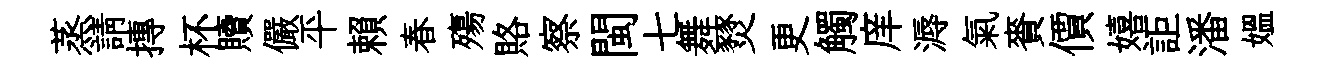
蒸請摶杯贖儼平賴春殤賂察閩七舞燹更觸庠溽氣賚價嬉詎潘媪